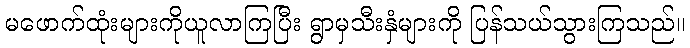
မဖောက်ထုံးများကိုယူလာကြပြီး ရွာမှသီးနှံများကို ပြန်သယ်သွားကြသည်။